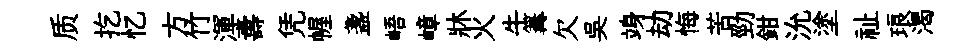
质扢忆方竹渾夀凭幄盞峿嶂牀火牛篝欠吴竧劫悔苦勁鉗沇塗祉琅渴